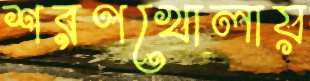
শরণখোলায়